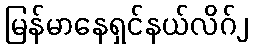
မြန်မာနေရှင်နယ်လိဂ်၂